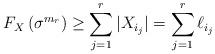
LaTeX: \begin{align*}F_X\left( \sigma^{m_r} \right) \geq \sum_{j=1}^r |X_{i_j}| = \sum_{j=1}^r \ell_{i_j}\end{align*}